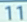
11